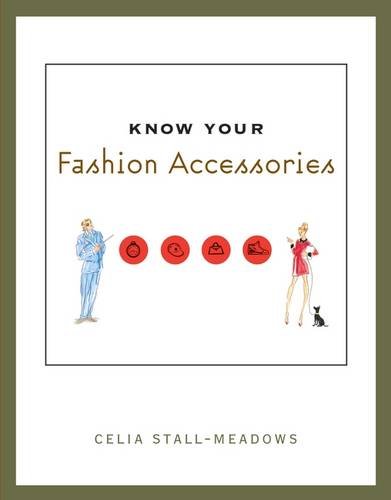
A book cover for Know Your Fashion Accessories; Celia Stall-Meadows; Business & Money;